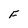
Character: F